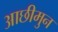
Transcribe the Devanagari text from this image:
आछीमुन